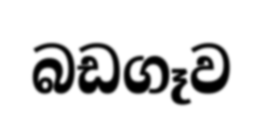
බඩගෑව